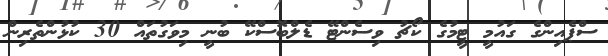
ސްޕެއިންގެ ގައުމީ ޓީމުގެ ކޯޗު ވިސެންޓޭ ޑެލްބޮސްކޭ ބުނީ މިވަގުތައް 30 ކުޅުންތެރިން